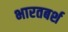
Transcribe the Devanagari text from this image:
भारतबर्श